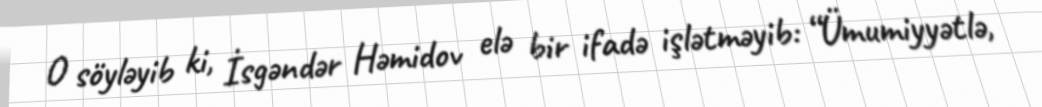
O söyləyib ki, İsgəndər Həmidov elə bir ifadə işlətməyib: “Ümumiyyətlə,